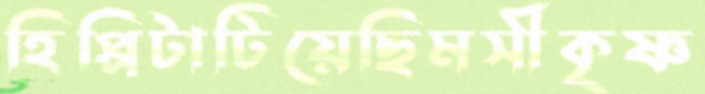
হিপ্পিটাটিয়েছিমসীকৃষ্ণ